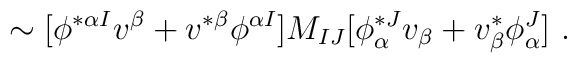
\sim [\phi ^{*  \alpha I} v^\beta + v^{*\beta} \phi ^{ \alpha I}] M_{IJ} [\phi_{  \alpha} ^{* J} v_\beta + v^{*}_{\beta} \phi_{  \alpha}^J] \ .